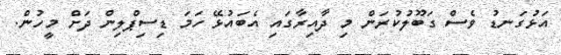
އަޅުގަނޑު ވެސް ގަބޫލުކުރަން މި ދާއިރާގައި އެބައުޅޭ ހަމަ ޑިސިޕްލިން ދަށް މީހުން.